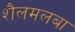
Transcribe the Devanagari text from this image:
शैलमलबा